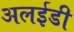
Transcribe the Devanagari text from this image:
अलईडी